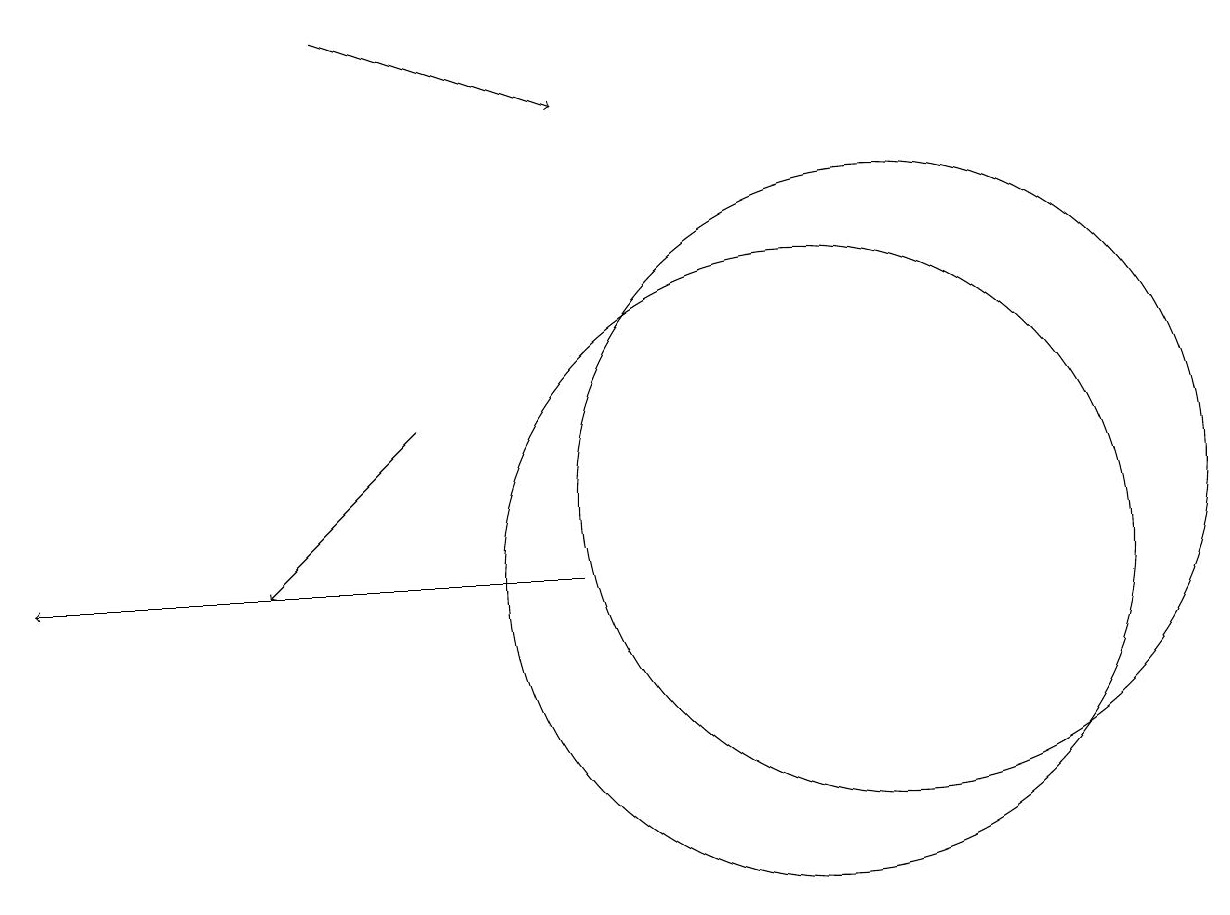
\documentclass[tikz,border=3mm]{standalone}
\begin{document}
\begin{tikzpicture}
\draw[->] (7,11) -- (0,11);
\draw[->] (5,13) -- (3,11);
\draw (10,11) circle (4);
\draw[->] (4,18) -- (7,17);
\draw (11,12) circle (4);
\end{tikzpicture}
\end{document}